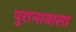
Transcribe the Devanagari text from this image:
पुरानावाला